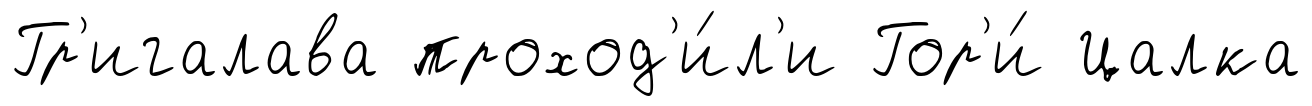
Гр'игалава проход'и́л'и Гор'и́ Цалка